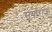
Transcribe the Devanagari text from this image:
सूर्याराऊ